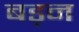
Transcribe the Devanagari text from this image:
बड़न